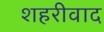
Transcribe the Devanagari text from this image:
शहरीवाद